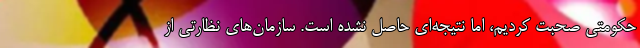
حکومتی صحبت کردیم، اما نتیجه‌ای حاصل نشده است. سازمان‌های نظارتی از